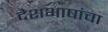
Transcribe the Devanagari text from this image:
देशभाषांचा